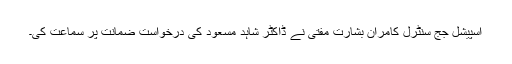
اسپیشل جج سنٹرل کامران بشارت مفتی نے ڈاکٹر شاہد مسعود کی درخواست ضمانت پر سماعت کی۔